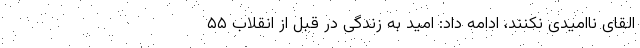
القای ناامیدی نکنند، ادامه داد: امید به زندگی در قبل از انقلاب ۵۵